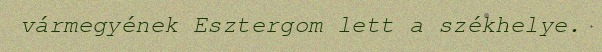
vármegyének Esztergom lett a székhelye.